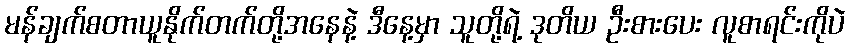
မန်ချက်စတာယူနိုက်တက်တို့အနေနဲ့ ဒီနေ့မှာ သူတို့ရဲ့ ဒုတိယ ဦးစားပေး လူစာရင်းကိုပဲ